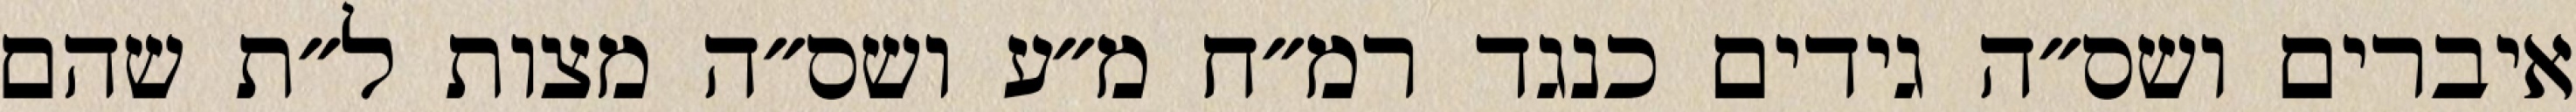
איברים ושס״ה גידים כנגד רמ״ח מ״ע ושס״ה מצות ל״ת שהם